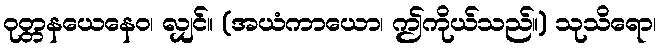
ဝုတ္တနယေနေဝ၊ လျှင်။ (အယံကာယော၊ ဤကိုယ်သည်။) သုသိရော၊